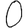
Digit: 0